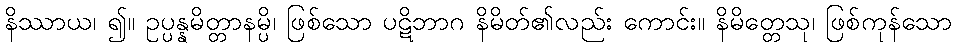
နိဿာယ၊ ၍။ ဥပ္ပန္နမိတ္တာနမ္ပိ၊ ဖြစ်သော ပဋိဘာဂ နိမိတ်၏လည်း ကောင်း။ နိမိတ္တေသု၊ ဖြစ်ကုန်သော